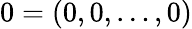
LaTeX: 0=(0,0,\ldots,0)